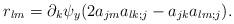
LaTeX: \begin{align*} r_{lm}= \partial_k \psi_y(2 a_{jm}a_{lk;j}-a_{jk}a_{lm;j}).\end{align*}